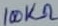
Text: 100KΩ